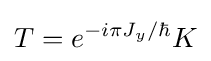
T=e^{-i\pi J_{y}/\hbar }K